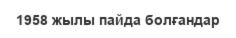
1958 жылы пайда болғандар